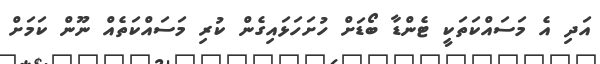
އަދި އެ މަސައްކަތަކީ ޓެންޑާ ބޯޑަށް ހުށަހަޅައިގެން ކުރި މަސައްކަތެއް ނޫން ކަމަށް